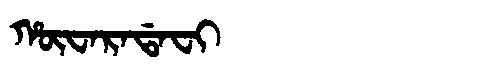
Manchu: ᡥᡡᠸᠠᡵᠠᡩᠠᠸᡳ
Romanization: HŪWARADAFI